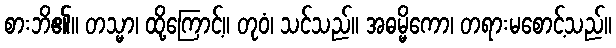
စားဘိ၏။ တသ္မာ၊ ထို့ကြောင့်။ တုဝံ၊ သင်သည်။ အဓမ္မိကော၊ တရားမစောင့်သည်။